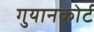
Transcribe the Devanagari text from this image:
गुयानकोर्ट